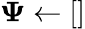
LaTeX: \boldsymbol\Psi\gets[]